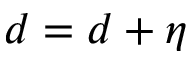
d = d + \eta